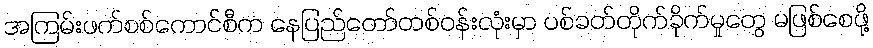
အကြမ်းဖက်စစ်ကောင်စီက နေပြည်တော်တစ်ဝန်းလုံးမှာ ပစ်ခတ်တိုက်ခိုက်မှုတွေ မဖြစ်စေဖို့